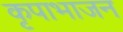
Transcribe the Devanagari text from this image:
कृपाभाजन